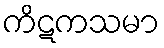
ကိဋကသမာ